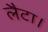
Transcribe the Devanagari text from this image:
लैटा।